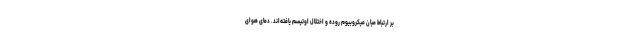
بر ارتباط میان میکروبیوم روده و اختلال اوتیسم یافته‌اند. دمای هوای